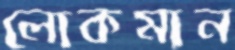
লোকমান